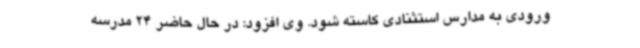
ورودی به مدارس استثنادی کاسته شود. وی افزود: در حال حاضر 24 مدرسه